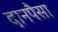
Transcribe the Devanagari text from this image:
दानपैसा